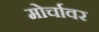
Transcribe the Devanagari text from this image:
मोर्चावर